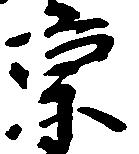
京